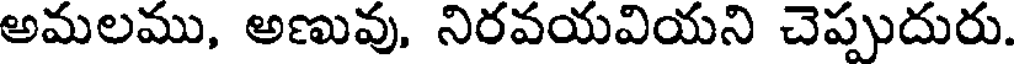
అమలము, అణువు, నిరవయవియని చెప్పుదురు.